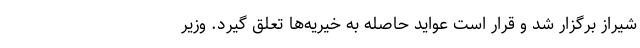
شیراز برگزار شد و قرار است عواید حاصله به خیریه‌ها تعلق گیرد. وزیر